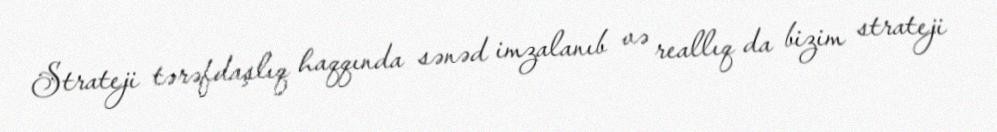
Strateji tərəfdaşlıq haqqında sənəd imzalanıb və reallıq da bizim strateji